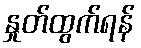
နှုတ်ထွက်ရန်